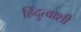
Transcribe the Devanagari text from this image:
हिंदुत्वाशी